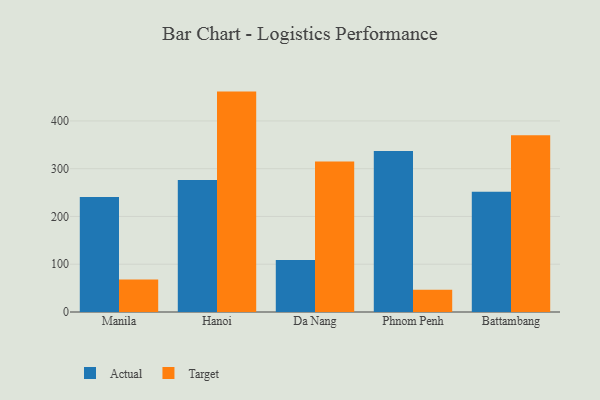
{"axis": {"x": "City", "y": "Operating Costs (USD K)"}, "legend": ["Actual", "Target"], "data": [{"x": "Manila", "y": 241.0, "type": "Actual"}, {"x": "Manila", "y": 68.1, "type": "Target"}, {"x": "Hanoi", "y": 276.1, "type": "Actual"}, {"x": "Hanoi", "y": 461.4, "type": "Target"}, {"x": "Da Nang", "y": 109.0, "type": "Actual"}, {"x": "Da Nang", "y": 315.1, "type": "Target"}, {"x": "Phnom Penh", "y": 337.0, "type": "Actual"}, {"x": "Phnom Penh", "y": 46.7, "type": "Target"}, {"x": "Battambang", "y": 251.9, "type": "Actual"}, {"x": "Battambang", "y": 370.1, "type": "Target"}]}